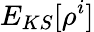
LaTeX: E_{KS}[\rho^{i}]